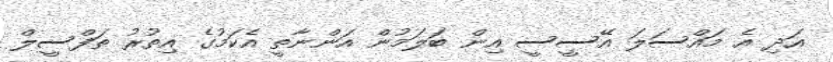
އަދި އެ މައްސަލަ އޭސީސީ އިން ބަލަމުން އަންނާތީ އެކަމުގެ އިތުރު ތަފްސީލް